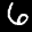
Label: 6